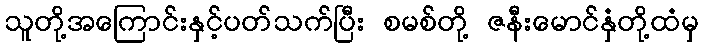
သူတို့အကြောင်းနှင့်ပတ်သက်ပြီး စမစ်တို့ ဇနီးမောင်နှံတို့ထံမှ